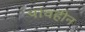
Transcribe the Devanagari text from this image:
पांवहीन